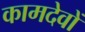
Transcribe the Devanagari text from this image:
कामदेवों